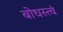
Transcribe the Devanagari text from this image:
बोधस्त्वं